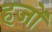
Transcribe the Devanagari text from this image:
हजों